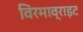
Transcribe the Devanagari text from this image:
विरमाव्राइट